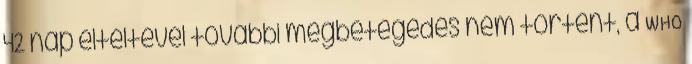
42 nap elteltével további megbetegedés nem történt, a WHO